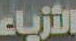
الأزياء